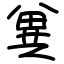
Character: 兾